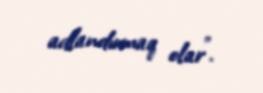
adlandırmaq olar”.